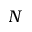
N